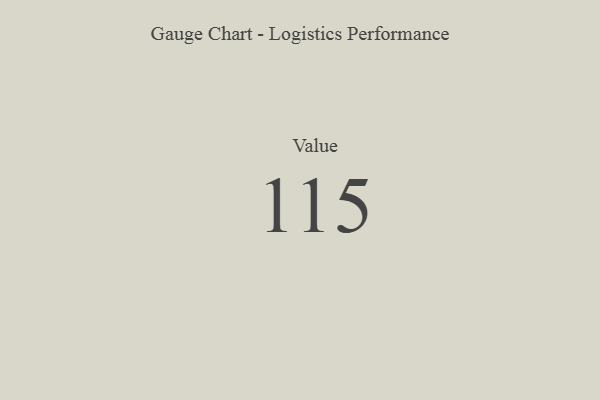
{"axis": {"x": "Metric", "y": "Value"}, "legend": [""], "data": [{"x": "Value", "y": 115, "type": ""}]}